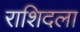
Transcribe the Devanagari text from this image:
राशिदला